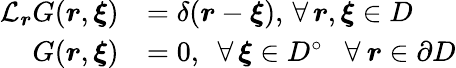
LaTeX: \begin{array}{rl}{\mathcal{L}_{\boldsymbol{r}}G(\boldsymbol{r},\boldsymbol{\xi})}&{=\delta(\boldsymbol{r}-\boldsymbol{\xi}),\, \forall\, \boldsymbol{r},\boldsymbol{\xi}\in D}\\ {G(\boldsymbol{r},\boldsymbol{\xi})}&{=0,\, \, \, \forall\, \boldsymbol{\xi}\in D^{\circ}\: \: \, \, \forall\: \boldsymbol{r}\in\partial D}\end{array}